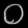
Digit: ၀